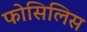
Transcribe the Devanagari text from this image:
फोसिलिस